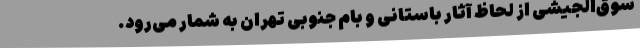
سوق‌الجیشی از لحاظ آثار باستانی و بام جنوبی تهران به شمار می‌رود.